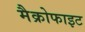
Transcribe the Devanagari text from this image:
मैक्रोफाइट